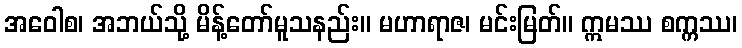
အဝေါစ၊ အဘယ်သို့ မိန့်တော်မူသနည်း။ မဟာရာဇ၊ မင်းမြတ်။ ဣမဿ စက္ကဿ၊